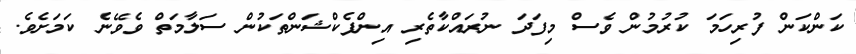
ކަންކަން ފުރިހަމަ ކުރުމުން ވެސް މިފަދަ ނުރައްކާތެރި އިންފެކްޝަންތަކުން ސަލާމަތް ވެވޭނެ ކަމަށެވެ.